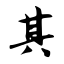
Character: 其